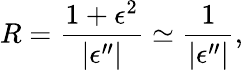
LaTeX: R=\frac{1+\epsilon^{2}}{|\epsilon^{\prime\prime}|}\simeq\frac{1}{|\epsilon^{\prime\prime}|},